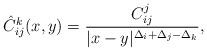
LaTeX: \begin{align*}\hat{C}_{ij}^{k}(x,y)=\frac{C_{ij}^{j}}{|x-y|^{\Delta_{i}+\Delta_{j}-\Delta_{k}}},\end{align*}